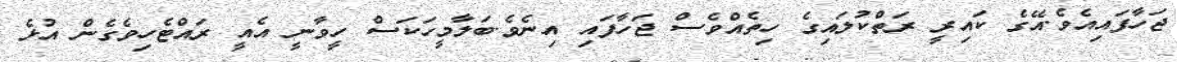
ޖަހާފައިއެވެ.އޭގެ ކައިރީ ރަތްކުލައިގެ ހިތެއްވެސް ޖަހާފައި އިނެވެ.ބަލާމީހަކަސް ހީވާނީ އެއީ ރައްޓެހިވެގެން އުޅެ